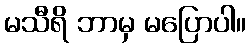
မသီရိ ဘာမှ မပြောပါ။